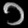
Digit: ၁